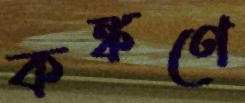
কঙ্কণে